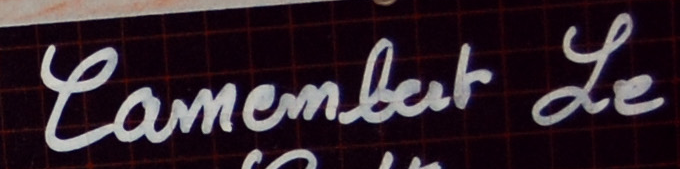
Lamembat Le